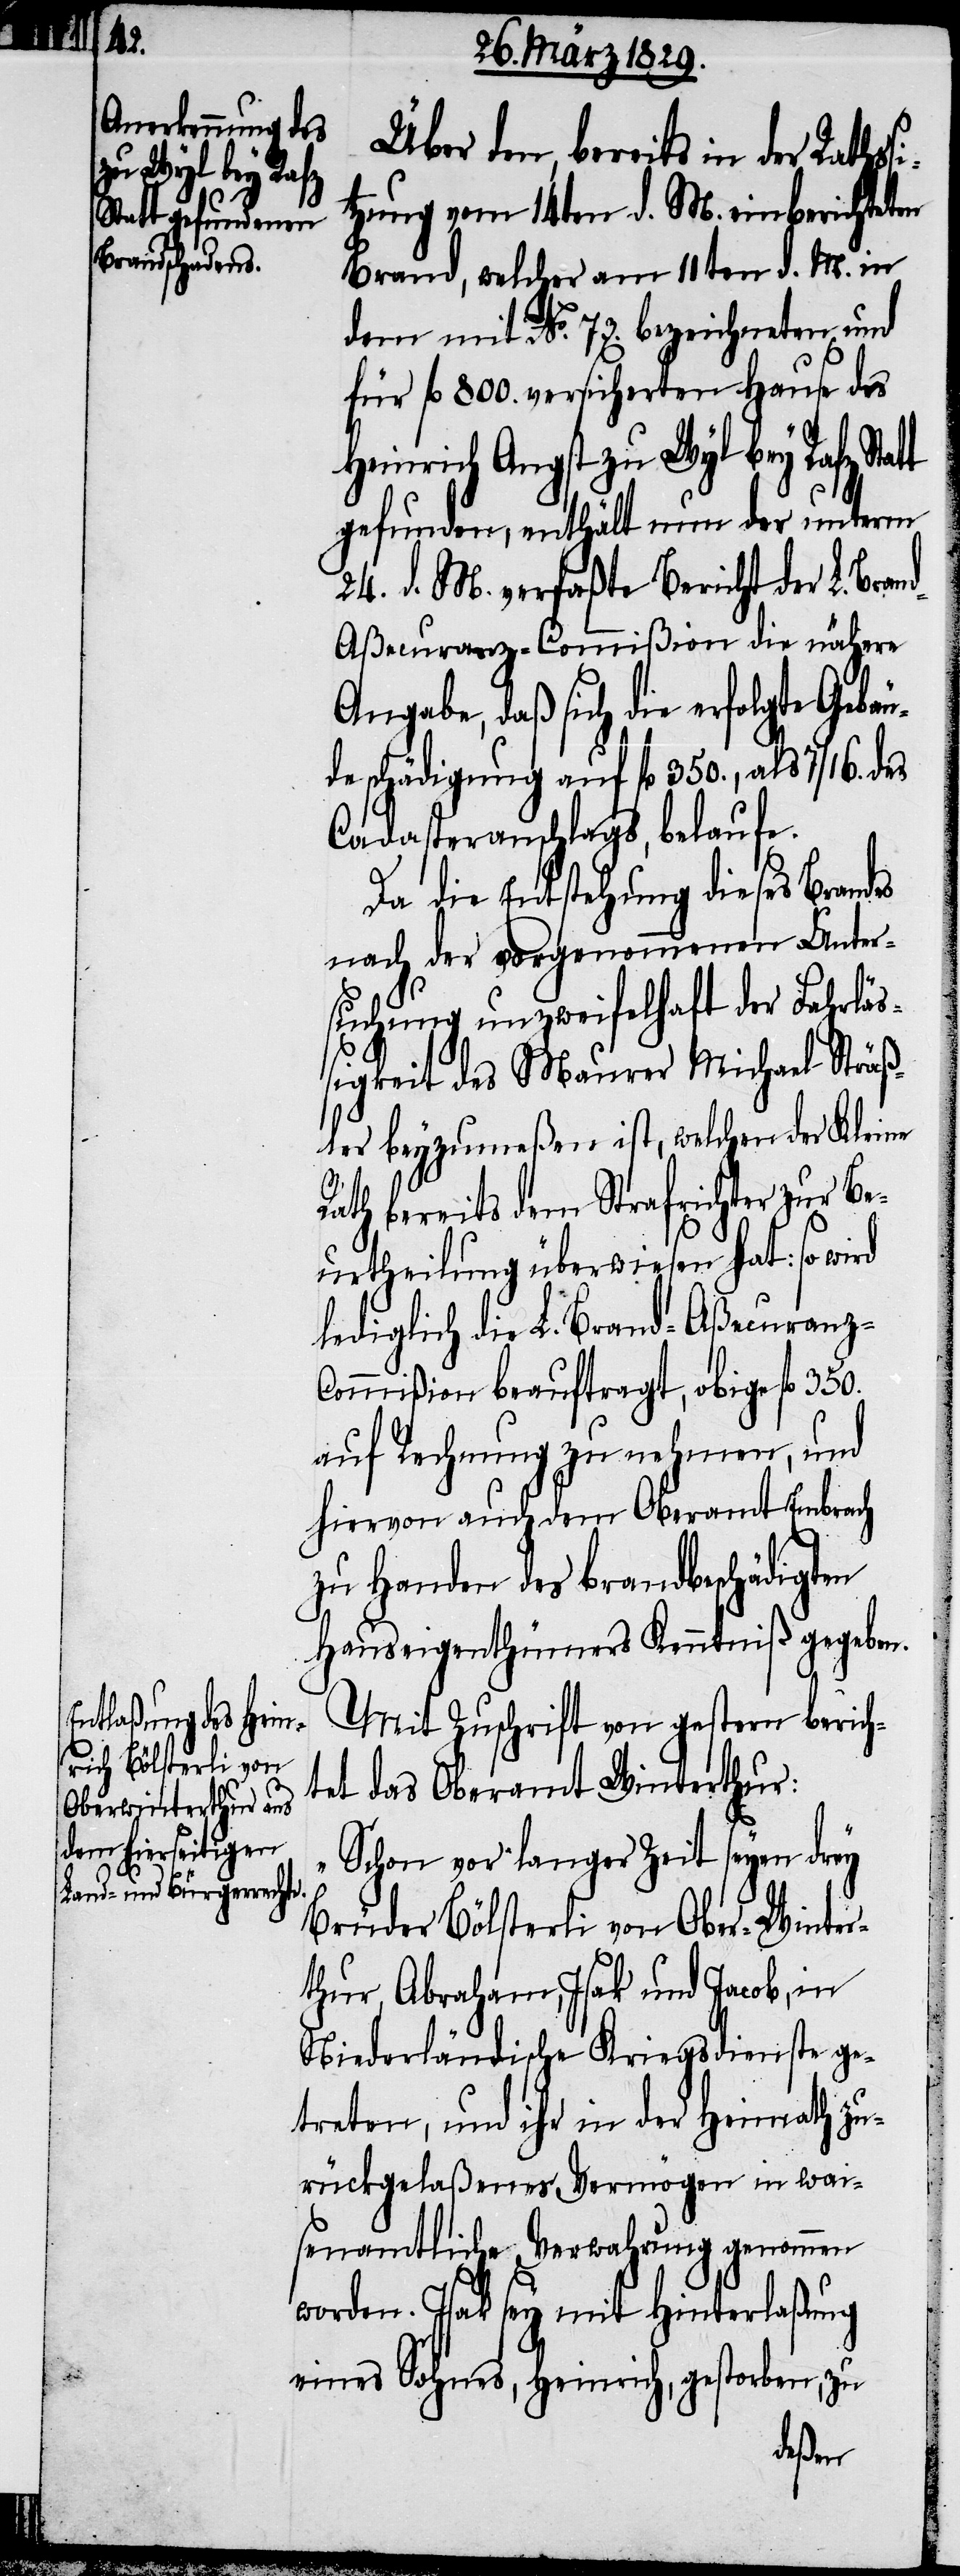
Über den, bereits in der Rathss¬
itzung vom 14ten d. M. einberichteten
Brand, welcher am 11ten d. M. in
dem mit No. 73. bezeichneten und
für fl. 800. versicherten Hause des
Heinrich Angst zu Wyl bey Rafz
gefunden, enthält nun der unterm
24. d. M. verfaßte Bericht der L. Bran¬
d-Aßecuranz-Commißion die nähere
Angabe, daß sich die erfolgte Gebäu¬
deschädigung auf fl. 350., als 7/16. des
Cadasteranschlags, belaufe.
Da die Entstehung diese Brandes
nach der vorgenommenen Unter¬
suchung unzweifelhaft der Fahrläß¬
igkeit des Maurer Michael Sträß¬
ler beyzumeßen ist, welchen der Kleine
Rath bereits dem Strafrichter zur Be¬
urtheilung überwiesen hat: so wird
lediglich die L. Brand-Aßecuranz-C¬
ommißion beauftragt, obige fl. 350.
auf Rechnung zu nehmen, und
hiervon auch dem Oberamt Embrach
zu Handen des brandbeschädigten
Hauseigenthümer Kenntniß gegeben.
Mit Zuschrift von gestern berich¬
tet das Oberamt Winterthur:
„Schon vor langer Zeit seyen drey
Brüder Bölsterli von Ober-Winter¬
thur, Abraham, Isak und Jacob, in
Niederländische Kriegsdienste ge¬
treten, und ihr in der Heimath zu¬
rückgelaßenes Vermögen in wai¬
senamtliche Verwahrung genommen
worden. Isak sey mit Hinterlaßung
eines Sohnes, Heinrich, gestorben, zu